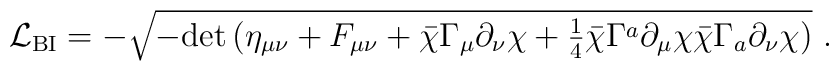
{\cal L}_{\rm BI} = - \sqrt {- {\rm det}\, \big (\eta_{\mu\nu} + F_{\mu\nu} + \bar\chi\Gamma_\mu\partial_\nu\chi +{\textstyle{1\over 4}}\bar\chi \Gamma^a\partial_\mu\chi \bar\chi\Gamma_a\partial_\nu\chi\big )}\,\, .